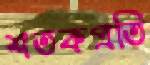
শতকপ্রতি